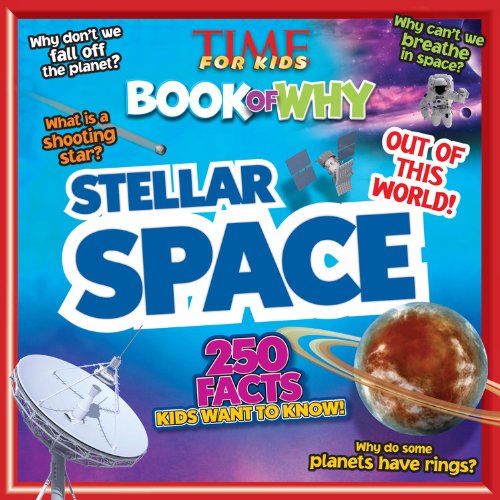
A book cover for TIME For Kids Book of Why: Stellar Space; Editors of TIME For Kids Magazine; Children's Books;